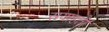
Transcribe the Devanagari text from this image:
सयाहती